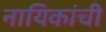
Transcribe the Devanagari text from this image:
नायिकांची